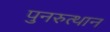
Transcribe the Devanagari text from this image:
पुनरुत्‍थान